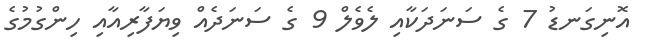
އޮނިގަނޑު 7 ގެ ސަނަދަކާއި ލެވެލް 9 ގެ ސަނަދެއް ވިޔަފާރިއާއި ހިންގުމުގެ